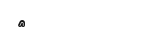
٤